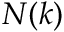
N ( k )